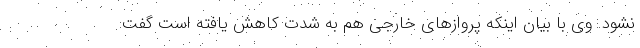
نشود. وی با بیان اینکه پروازهای خارجی هم به شدت کاهش یافته است گفت: